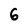
Character: 6